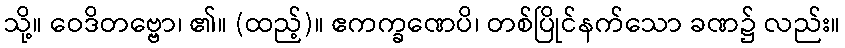
သို့။ ဝေဒိတဗ္ဗော၊ ၏။ (ထည့်)။ ဧကက္ခဏေပိ၊ တစ်ပြိုင်နက်သော ခဏ၌ လည်း။